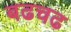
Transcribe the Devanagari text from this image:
बढचढ